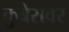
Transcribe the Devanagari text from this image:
कुबेरावर